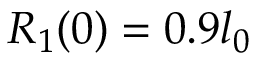
R _ { 1 } ( 0 ) = 0 . 9 l _ { 0 }